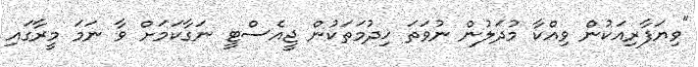
"ވިޔަފާރިއަކުން ވިއްކާ މުދަލުން ނުވަތަ ޚިދުމަތަކުން ޖީއެސްޓީ ނަގާކަމަށް ވާ ނަމަ މީރާގައި